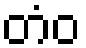
တံဝ